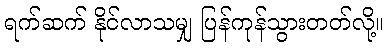
ရက်ဆက် နိုင်လာသမျှ ပြန်ကုန်သွားတတ်လို့။